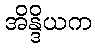
အိန္ဒိယက